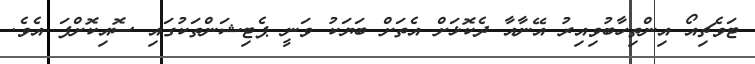
ޓަވެޗިއޯ އިންތިހާބުވިއިރު އޭނާއާ ދެކޮޅަށް އެތަށް ބަޔަކު ވަނީ ޕެޓިޝަންތަކުގައި ސޮއިކޮށްފަ އެވެ.